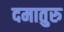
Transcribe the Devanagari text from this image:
दमातुरु